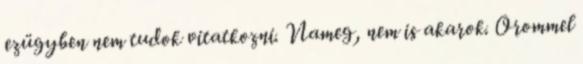
ezügyben nem tudok vitatkozni. Nameg, nem is akarok. Orommel